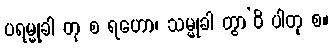
ပရမ္မုခါ တု စ ရဟော၊ သမ္မုခါ တွာ’ဝိ ပါတု စ။